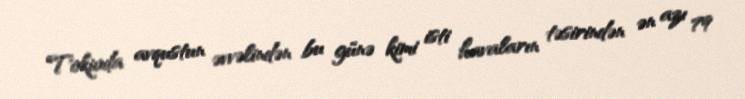
Tokioda avqustun əvvəlindən bu günə kimi isti havaların təsirindən ən azı 79